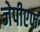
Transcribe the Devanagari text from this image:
जेपीएफ